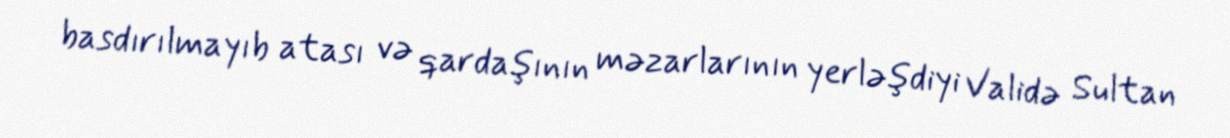
basdırılmayıb atası və qardaşının məzarlarının yerləşdiyi Validə Sultan